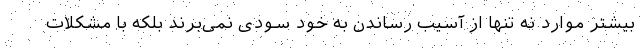
بیشتر موارد نه تنها از آسیب رساندن به خود سودی نمی‌برند بلکه با مشکلات